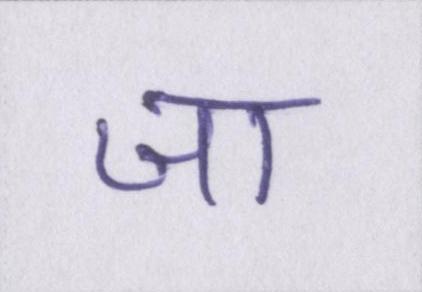
जा